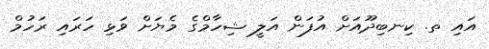
އައި ތ. ކިނބިދޫއަށް އުފަން އަލީ ޝިހާމްގެ މެޔަށް ވަޅި ހަރައި ރަހުމް